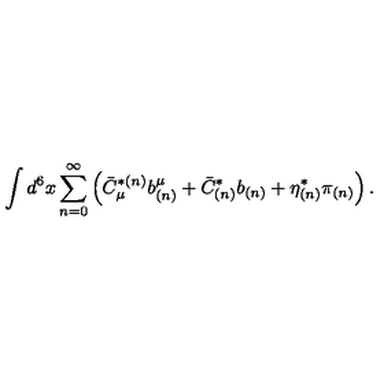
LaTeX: \int d ^ { 6 } x \sum _ { n = 0 } ^ { \infty } \left( \bar { C } _ { \mu } ^ { * ( n ) } b _ { ( n ) } ^ { \mu } + \bar { C } _ { ( n ) } ^ { * } b _ { ( n ) } + \eta _ { ( n ) } ^ { * } \pi _ { ( n ) } \right) .